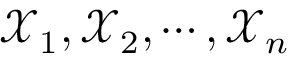
\mathcal { X } _ { 1 } , \mathcal { X } _ { 2 } , \cdots , \mathcal { X } _ { n }